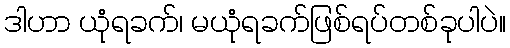
ဒါဟာ ယုံရခက်၊ မယုံရခက်ဖြစ်ရပ်တစ်ခုပါပဲ။